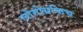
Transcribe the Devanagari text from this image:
लोगोग्रफिच